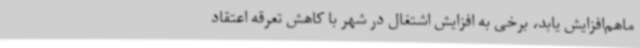
ماهم‌افزایش یابد، برخی به افزایش اشتغال در شهر با کاهش تعرقه اعتقاد